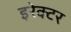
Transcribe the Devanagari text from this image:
इरेक्टर